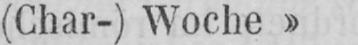
(Char-)Woche»